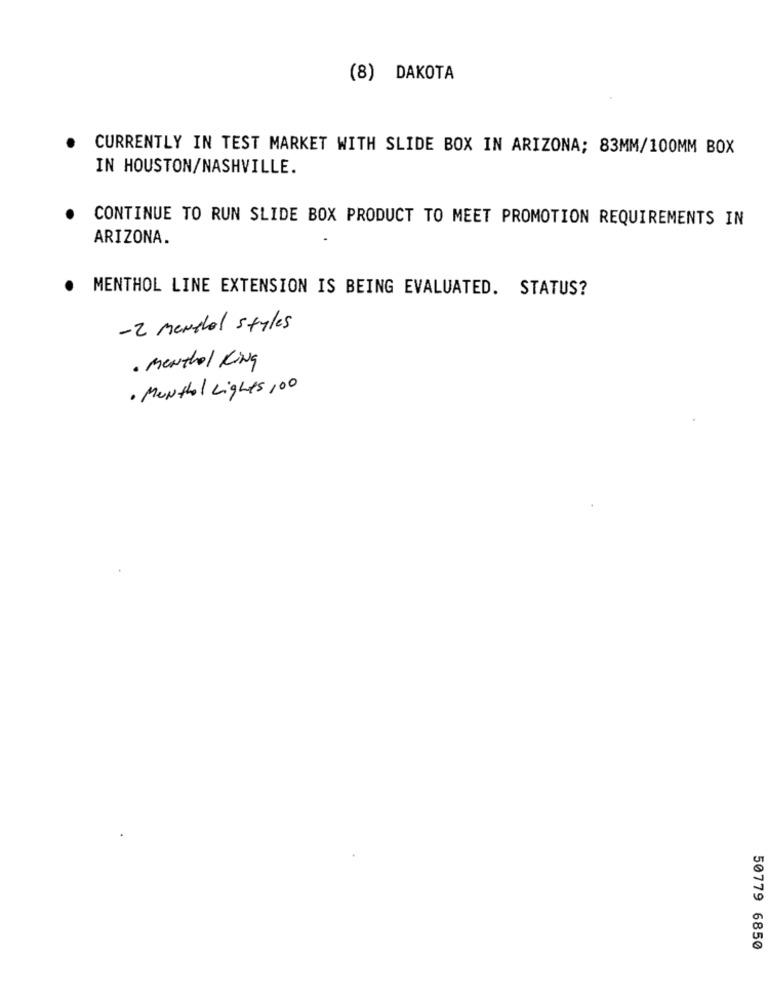
(8) DAKOTA
CURRENTLY IN TEST MARKET WITH SLIDE BOX IN ARIZONA; 83MM/100MM BOX
IN HOUSTON/NASHVILLE.
CONTINUE TO RUN SLIDE BOX PRODUCT TO MEET PROMOTION REQUIREMENTS IN
ARIZONA.
.
MENTHOL LINE EXTENSION IS BEING EVALUATED. STATUS?
-2 menetel styles
· menthol King
· Monthol Lights ,00
50779 6850